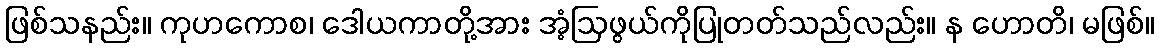
ဖြစ်သနည်း။ ကုဟကောစ၊ ဒေါယကာတို့အား အံ့ဩဖွယ်ကိုပြုတတ်သည်လည်း။ န ဟောတိ၊ မဖြစ်။